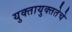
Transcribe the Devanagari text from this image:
युक्तायुक्ततेचे